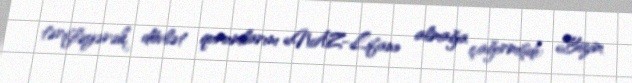
tərifləyərək, dövlət qurumlarını «NAZ-Lifan» almağa çağırmışdı: «Bizim